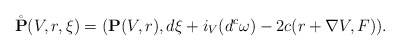
\begin{align*} \mathring{\mathbf{P}}(V,r,\xi) = (\mathbf{P}(V,r),d\xi + i_V(d^c\omega) - 2c(r + \nabla V,F)).\end{align*}